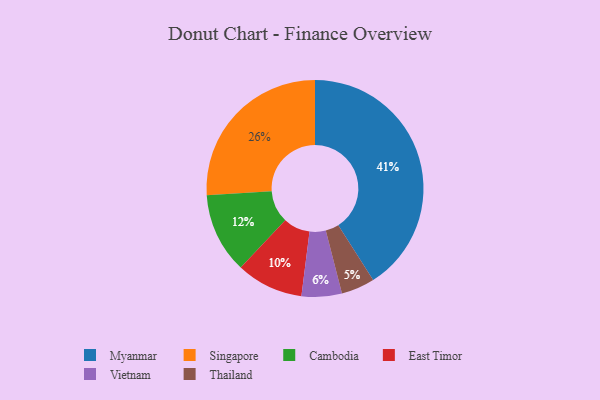
{"axis": {"x": "Category", "y": "Percentage"}, "legend": ["Cambodia", "East Timor", "Myanmar", "Singapore", "Thailand", "Vietnam"], "data": [{"x": "Thailand", "y": 5, "type": "Thailand"}, {"x": "Singapore", "y": 26, "type": "Singapore"}, {"x": "East Timor", "y": 10, "type": "East Timor"}, {"x": "Myanmar", "y": 41, "type": "Myanmar"}, {"x": "Vietnam", "y": 6, "type": "Vietnam"}, {"x": "Cambodia", "y": 12, "type": "Cambodia"}]}